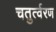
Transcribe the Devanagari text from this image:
चतुर्त्वरण